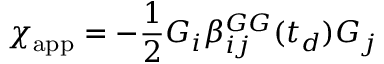
\chi _ { \mathrm { a p p } } = - \frac { 1 } { 2 } G _ { i } \beta _ { i j } ^ { G G } ( t _ { d } ) G _ { j }